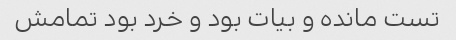
تست مانده و بیات بود و خرد بود تمامش